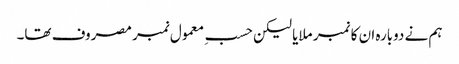
ہم نے دوبارہ ان کا نمبر ملایا لیکن حسبِ معمول نمبر مصروف تھا۔